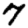
Digit: 7